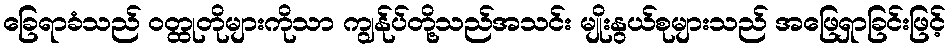
ခြေရာခံသည် ဝတ္ထုတိုများကိုသာ ကျွန်ုပ်တို့သည်အသင်း မျိုးနွယ်စုများသည် အဖြေရှာခြင်းဖြင့်